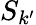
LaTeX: S_{k^{\prime}}